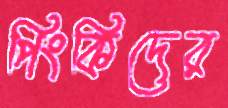
পিংকিদের